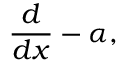
{ \frac { d } { d x } } - \alpha ,